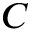
C